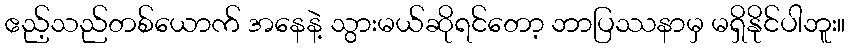
ဧည့်သည်တစ်ယောက် အနေနဲ့ သွားမယ်ဆိုရင်တော့ ဘာပြဿနာမှ မရှိနိုင်ပါဘူး။